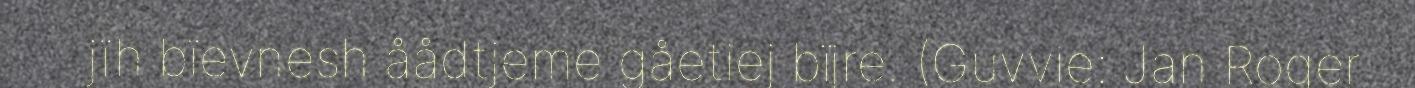
jïh bïevnesh åådtjeme gåetiej bïjre. (Guvvie: Jan Roger